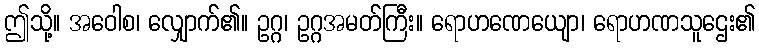
ဤသို့။ အဝေါစ၊ လျှောက်၏။ ဥဂ္ဂ၊ ဥဂ္ဂအမတ်ကြီး။ ရောဟဏေယျော၊ ရောဟဏသူဌေး၏